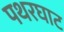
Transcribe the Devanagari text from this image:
पथरघाट